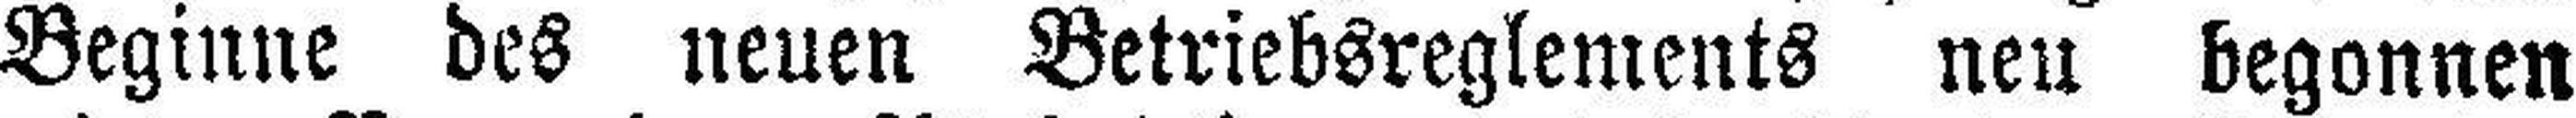
Beginne des neuen Betriebsreglements neu begonnen